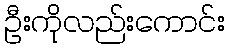
ဦးကိုလည်းကောင်း